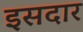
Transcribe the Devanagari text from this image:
इसदार